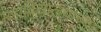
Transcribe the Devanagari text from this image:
महाविद्यालयाच्‍या